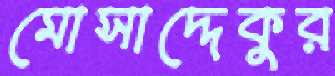
মোসাদ্দেকুর